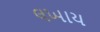
લખાય